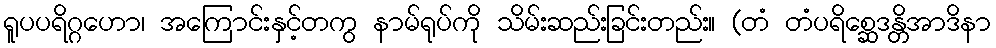
ရူပပရိဂ္ဂဟော၊ အကြောင်းနှင့်တကွ နာမ်ရုပ်ကို သိမ်းဆည်းခြင်းတည်း။ (တံ တံပရိစ္ဆေဒန္တိအာဒိနာ